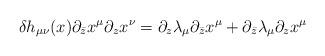
LaTeX: \begin{align*}\delta h_{\mu\nu}(x)\partial_{\bar{z}}x^{\mu}\partial_{z}x^{\nu}=\partial_z\lambda_{\mu}\partial_{\bar{z}}x^{\mu} + \partial_{\bar{z}}\lambda_{\mu}\partial_{z}x^{\mu}\end{align*}